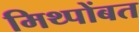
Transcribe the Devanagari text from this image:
मिथ्पोंबत